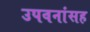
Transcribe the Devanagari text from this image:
उपवनांसह